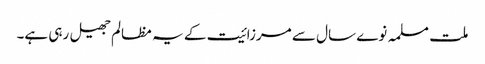
ملت مسلمہ نوے سال سے مرزائیت کے یہ مظالم جھیل رہی ہے۔